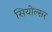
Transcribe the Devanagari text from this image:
सियोल्सर